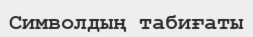
Символдың табиғаты